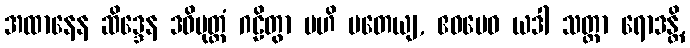
အထာနေန ဆိဒ္ဒေန ဒဓိမုတ္တံ ဂဠိတွာ ဗဟိ ပတေယျ, ဧဝမေဝ ယဒါ သတ္တာ ရောဒန္တိ,